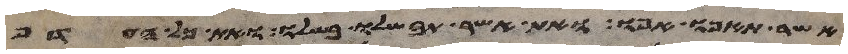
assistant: אשר תאפו אפו ואת אשר תבשלו בשלו ואת כל העדף